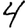
Digit: 4